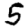
Digit: 5